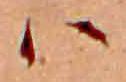
ハ